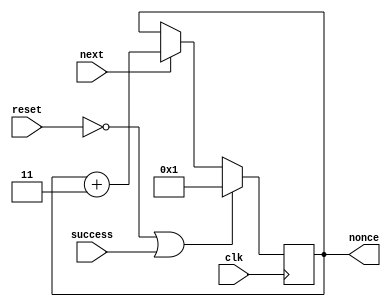
module nonce_generator_2#(parameter byte = 8 )(
    output reg [31:0] nonce, 
    input clk, 
    input reset,
    input success,
    input next);

always @(posedge clk) begin
	if (reset == 0 || success == 1)begin
        nonce <= 1;
    end
  	else begin
        if(next == 1) nonce <= nonce + 3;
        else nonce <= nonce;
    end     
end
endmodule